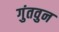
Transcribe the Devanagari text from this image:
गुंतवुन